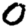
Digit: 0